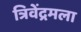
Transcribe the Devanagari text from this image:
त्रिवेंद्रमला